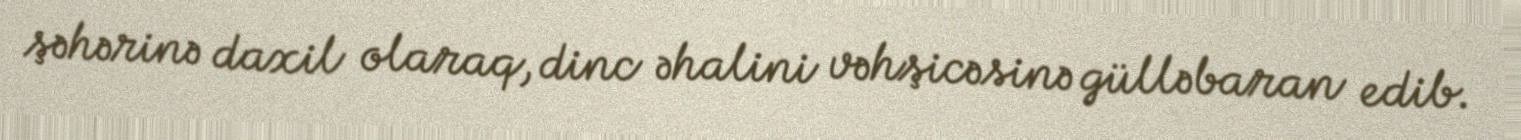
şəhərinə daxil olaraq, dinc əhalini vəhşicəsinə gülləbaran edib.